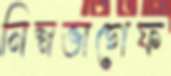
নিম্নভাগেফ